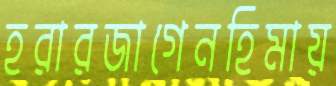
হরারজাগেনহিমায়